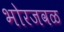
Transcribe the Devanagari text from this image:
भोरजवळ